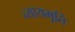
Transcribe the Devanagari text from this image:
न्‍यायमूर्ति